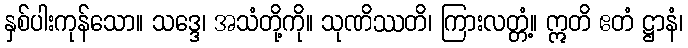
နှစ်ပါးကုန်သော။ သဒ္ဒေ၊ အသံတို့ကို။ သုဏိဿတိ၊ ကြားလတ္တံ့။ ဣတိ ဧတံ ဋ္ဌာနံ၊